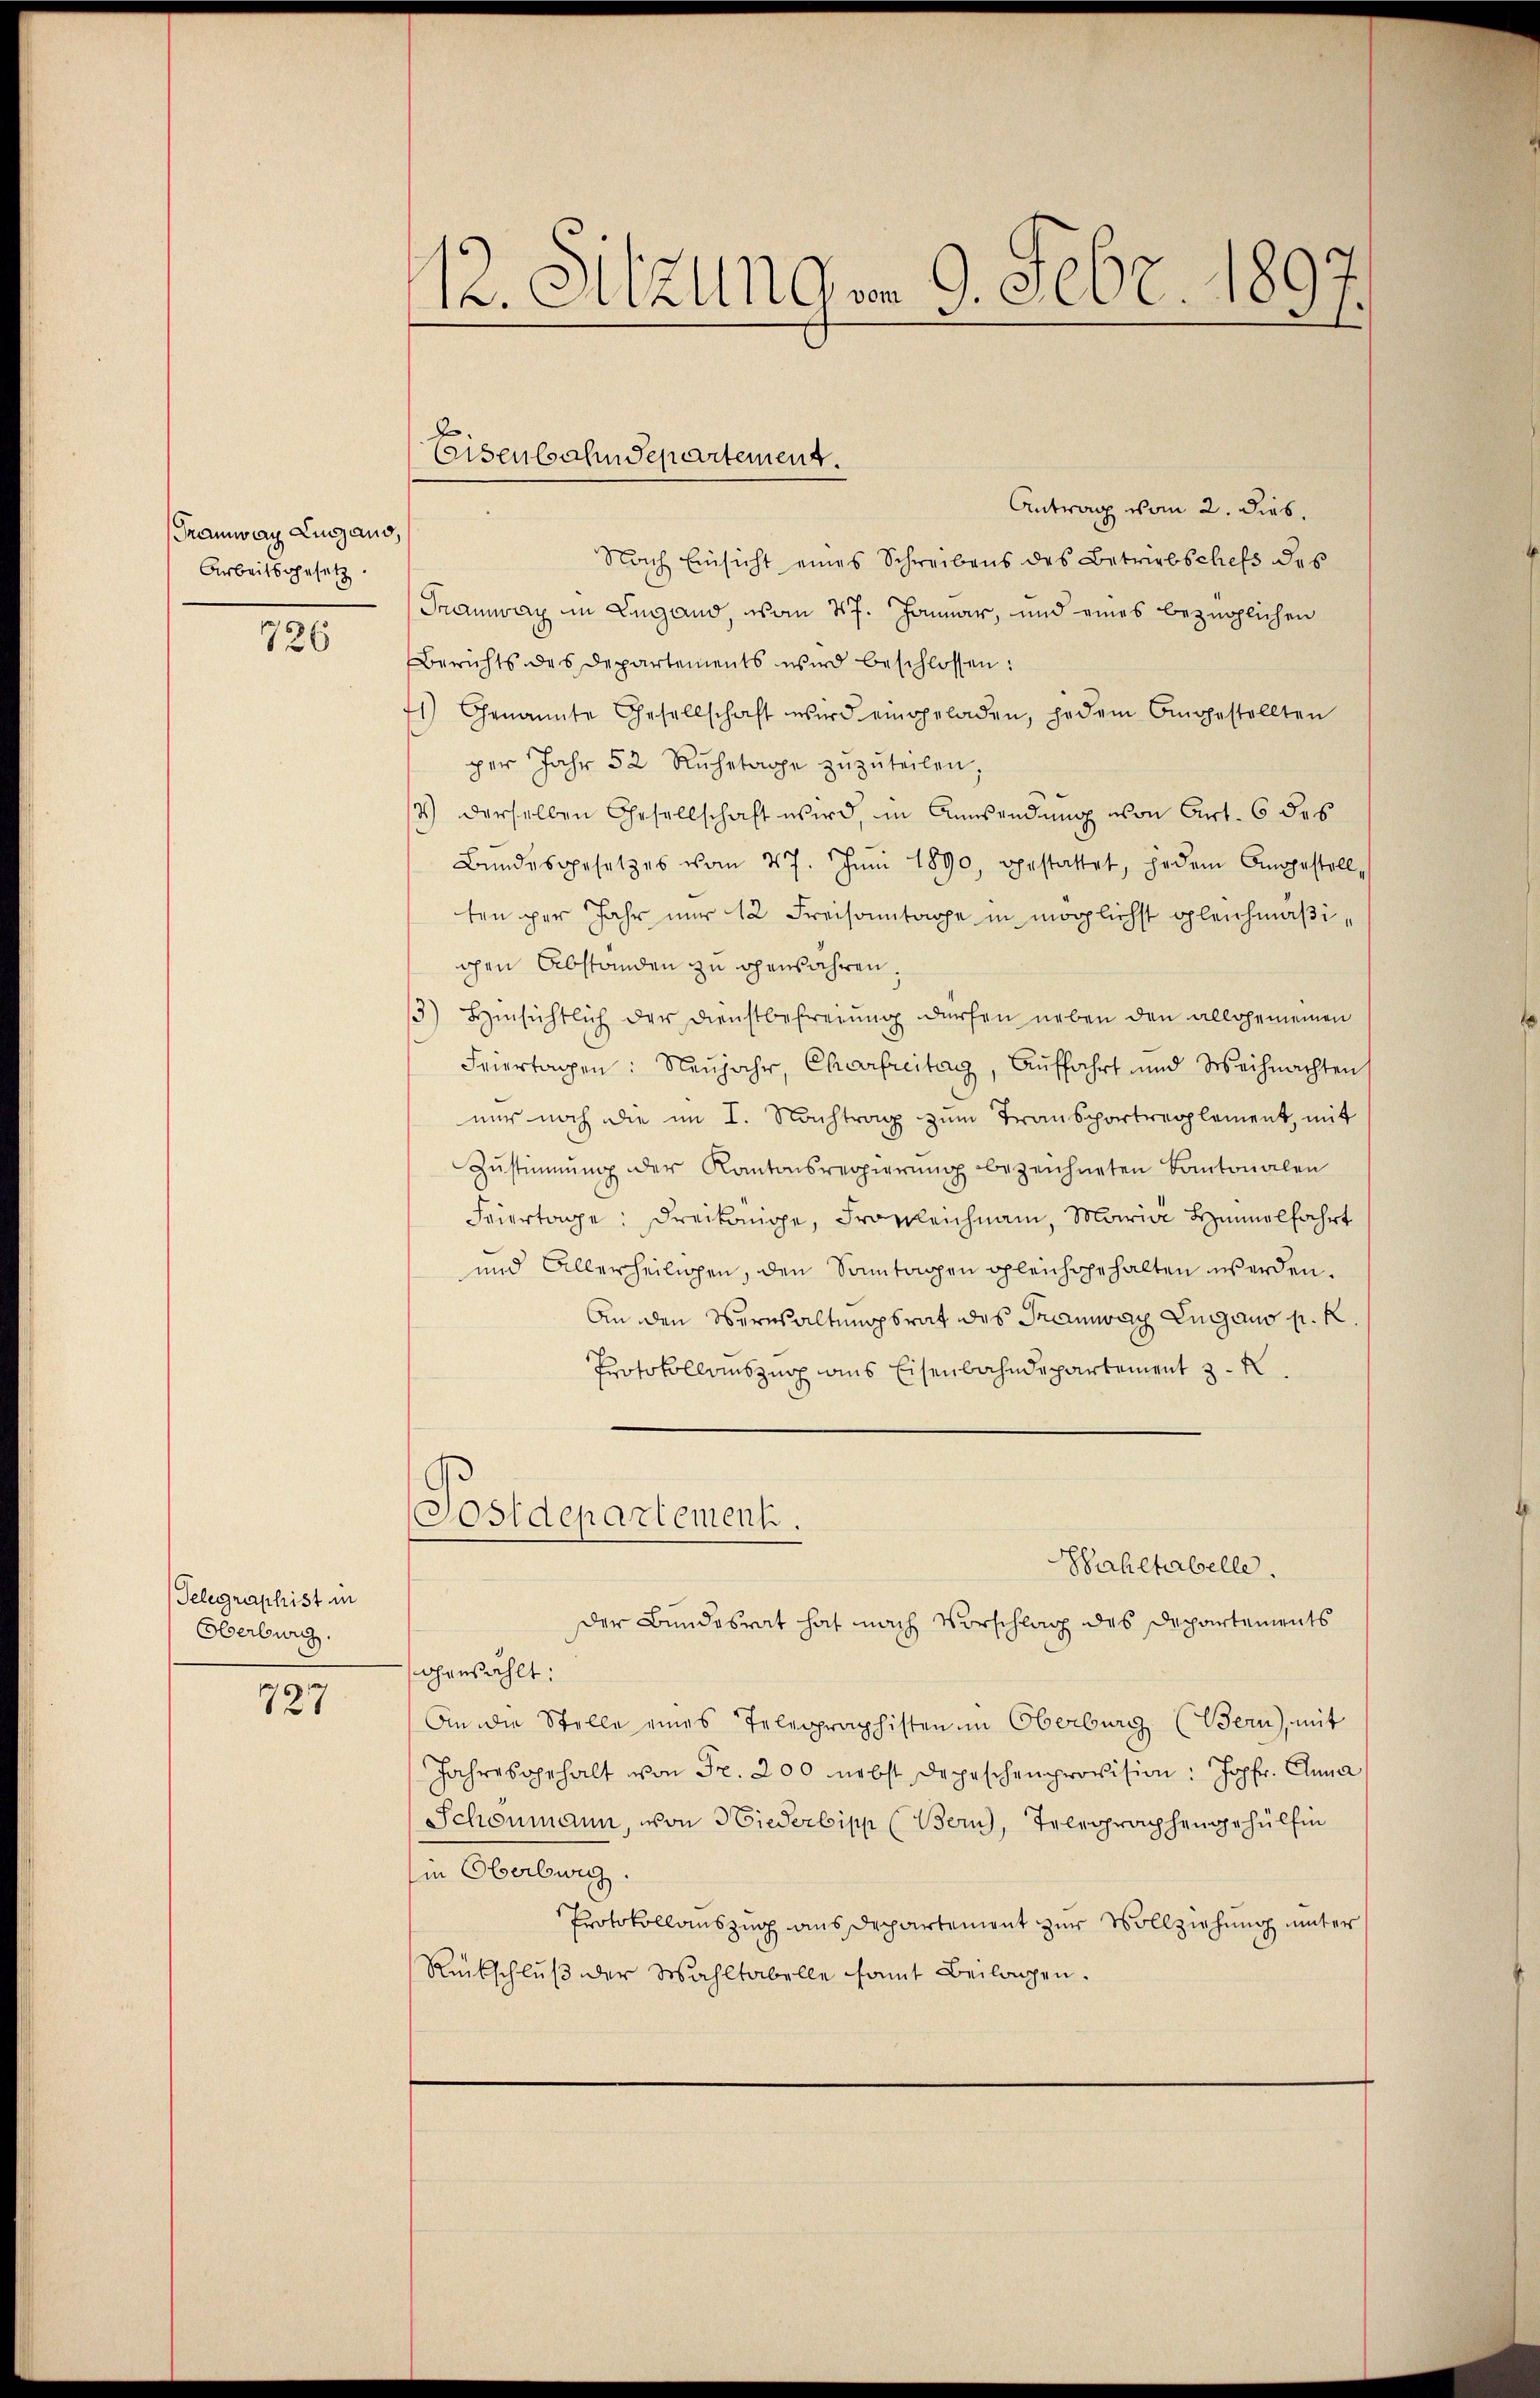
Tramway Lugano,
Arbeitsgesetz.

726

Telegraphist in
Oberburg.

727

12. Sitzungen 9. Febr. 1897.

Eisenbahndepartement.

Antrag vom 2. Dieb.
Nach Einsicht eines Schreibens des Betriebschefs des
Tramway in Lugand, vom 27. Januar, und eines bezüglichen
Berichts des Departements wird beschlossen:
1) Genannte Gesellschaft wird eingeladen, jedem Angestellten
per Jahr 52 Rŭhetage zŭzŭteilen.
4) derselben Gesellschaft wird, in Anwendung von Art. 6 des
Bundesgesetzes vom 27. Jŭni 1890, gestattet, jedem Angestell-
ten per Jahr nur 12 Freisamtage in möglichst gleichmäßigen Abstanden zu genähren.
3) Hinsichtlich der Dienstbefreiung dürfen neben den allgemeinen
Feiertagen: Neŭjahr, Charfreitag, Auffahrt und Weihnachten
nur noch die im I. Nachtrag zum Transportreglement, mit
Zŭstimmung der Kantonsregierŭng bezeichneten Santonalen
Feiertage: Dreikönige, Fronleichnam, Maria Himmelfahrt
und Allerheiligen, den Sonntagen gleichgehalten werden.
An den Wernsaltungsrat des Tramway Lugano pr. K.
Protokollauszug aus Eisenbahndepartement z. B.
Postdepartement.
Sahetabelle.
Der Bundesrat hat nach Vorschlag des Departements
ohrezählt:
An die Stelle eines Telegraphisten im Oberburg (Bern, mit
Jahresgehalt von Fr. 200 nebst Depeschenprovision: Jopfr. Anna
Schonmann, von Niederbipp (Bern, Telegraphengehülfin
Ein Oberburg
Protokollauszug aus Departement zur Vollziehung unter
Rückschlŭβ der Wahltabelle samt Beilagen.